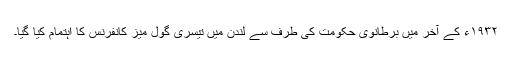
١٩٣٢ء کے آخر میں برطانوی حکومت کی طرف سے لندن میں تیسری گول میز کانفرنس کا اہتمام کیا گیا۔